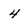
Character: 4